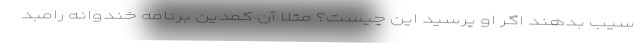
سیب بدهند اگر او پرسید این چیست؟ مثلا آن کُمدین برنامه خندوانه رامبد